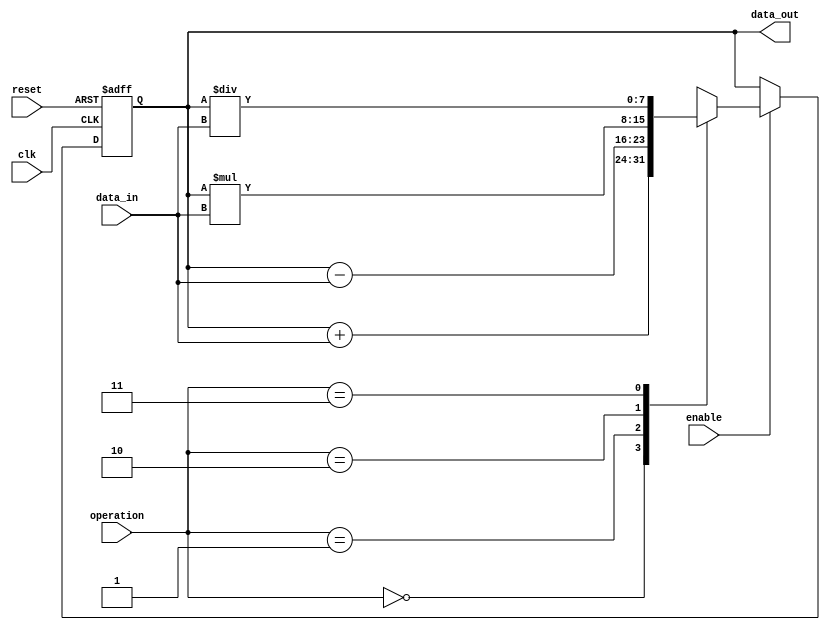
module accumulator(
    input wire clk,
    input wire reset,
    input wire [7:0] data_in,
    input wire enable,
    input wire [1:0] operation,
    output reg [7:0] data_out
);

reg [7:0] accumulator;

always @(posedge clk or posedge reset) begin
    if (reset) begin
        accumulator <= 8'h00;
    end else begin
        if (enable) begin
            case(operation)
                2'd0: accumulator <= accumulator + data_in; // Addition
                2'd1: accumulator <= accumulator - data_in; // Subtraction
                2'd2: accumulator <= accumulator * data_in; // Multiplication
                2'd3: accumulator <= accumulator / data_in; // Division
                default: accumulator <= accumulator;
            endcase
        end
    end
end

assign data_out = accumulator;

endmodule